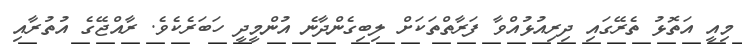
މިއީ އަތޮޅު ތެރޭގައި ދިރިއުޅުއްވާ ފަރާތްތަކަށް ލިބިގެންދާނެ އުންމީދީ ހަބަރެކެވެ. ރާއްޖޭގެ އުތުރާއި